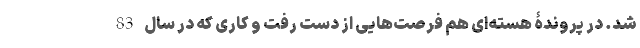
شد. در پروندۀ هسته‌ای هم فرصت‌هایی از دست رفت و کاری که در سال 83